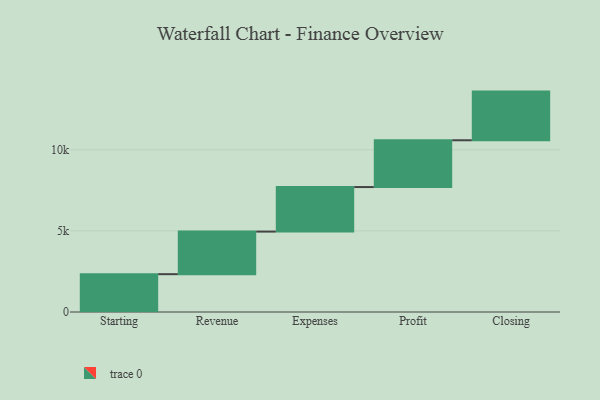
{"axis": {"x": "Step", "y": "Value"}, "legend": [""], "data": [{"x": "Starting", "y": 2332.0, "type": ""}, {"x": "Revenue", "y": 2625.0, "type": ""}, {"x": "Expenses", "y": 2746.0, "type": ""}, {"x": "Profit", "y": 2884.0, "type": ""}, {"x": "Closing", "y": 3000, "type": ""}]}